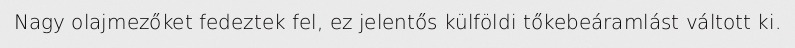
Nagy olajmezőket fedeztek fel, ez jelentős külföldi tőkebeáramlást váltott ki.